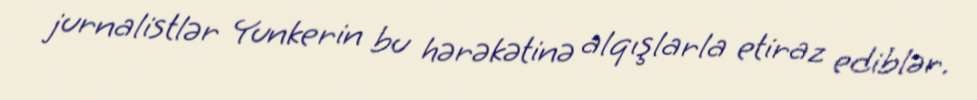
jurnalistlər Yunkerin bu hərəkətinə alqışlarla etiraz ediblər.